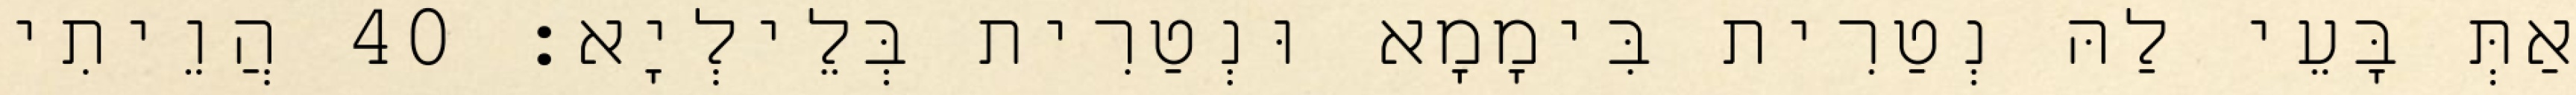
אַתְּ בָּעֵי לַהּ נְטַרִית בִּימָמָא וּנְטַרִית בְּלֵילְיָא׃ 40 הֲוֵיתִי